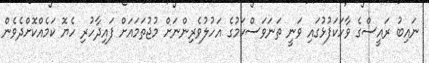
ނައިބު ރައީސްގެ ވާހަކަފުޅުގައި ވަނީ ތަނަވަސްކަމުގެ އަހުލުވެރިންނަށް މުޖުތަމައަށް ފައިދާހުރި ހެޔޮ ކަމެއްކޮށްދެވެން